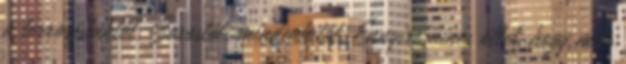
a terroristáktól, Sorostól, mindenkitől. Ennyire nincs ötlet, hogy már